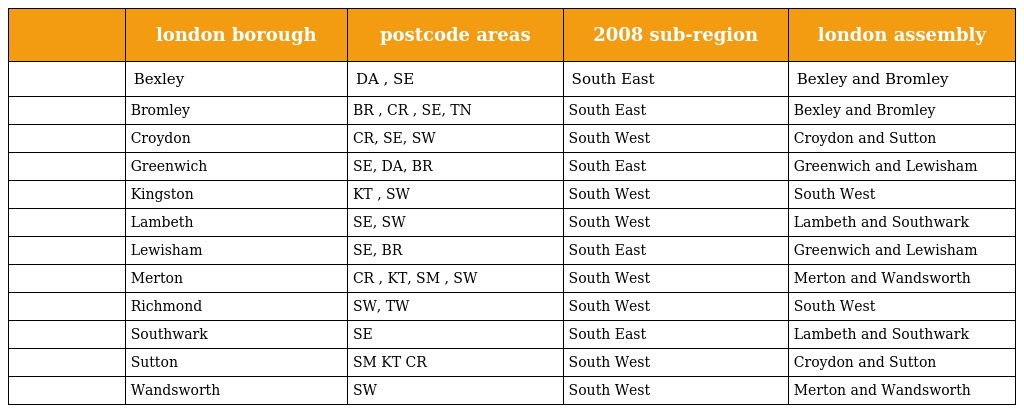
|  | london borough | postcode areas | 2008 sub-region | london assembly |
 | --- | --- | --- | --- | --- |
 |  | Bexley | DA , SE | South East | Bexley and Bromley |
 |  | Bromley | BR , CR , SE, TN | South East | Bexley and Bromley |
 |  | Croydon | CR, SE, SW | South West | Croydon and Sutton |
 |  | Greenwich | SE, DA, BR | South East | Greenwich and Lewisham |
 |  | Kingston | KT , SW | South West | South West |
 |  | Lambeth | SE, SW | South West | Lambeth and Southwark |
 |  | Lewisham | SE, BR | South East | Greenwich and Lewisham |
 |  | Merton | CR , KT, SM , SW | South West | Merton and Wandsworth |
 |  | Richmond | SW, TW | South West | South West |
 |  | Southwark | SE | South East | Lambeth and Southwark |
 |  | Sutton | SM KT CR | South West | Croydon and Sutton |
 |  | Wandsworth | SW | South West | Merton and Wandsworth |